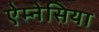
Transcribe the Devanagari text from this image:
ऐम्नेसिया